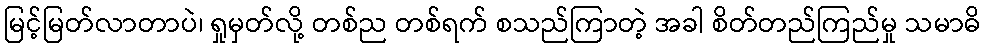
မြင့်မြတ်လာတာပဲ၊ ရှုမှတ်လို့ တစ်ည တစ်ရက် စသည်ကြာတဲ့ အခါ စိတ်တည်ကြည်မှု သမာဓိ